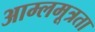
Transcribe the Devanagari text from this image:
आम्लमूत्रता